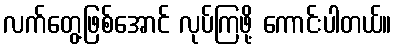
လက်တွေ့ဖြစ်အောင် လုပ်ကြဖို့ ကောင်းပါတယ်။